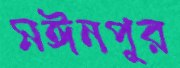
মঈনপুর